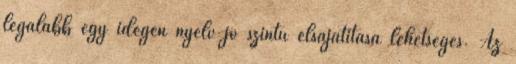
legalább egy idegen nyelv jó szintű elsajátítása lehetséges. Az